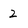
Character: 2